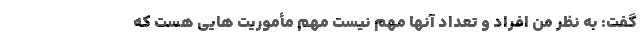
گفت: به نظر من افراد و تعداد آنها مهم نیست مهم مأموریت هایی هست که